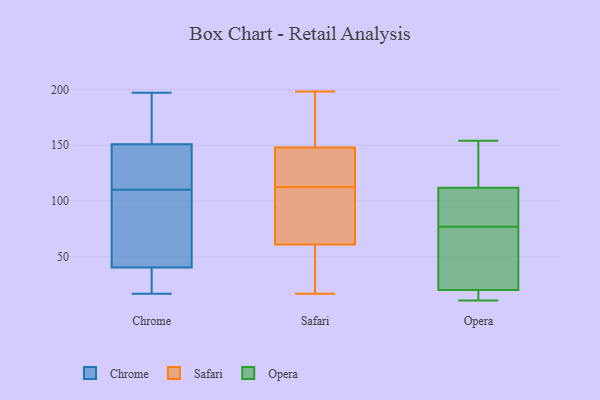
{"axis": {"x": "Satisfaction Score", "y": "Value"}, "legend": ["Chrome", "Opera", "Safari"], "data": [{"x": "", "y": 168, "type": "Chrome"}, {"x": "", "y": 175, "type": "Chrome"}, {"x": "", "y": 94, "type": "Chrome"}, {"x": "", "y": 17, "type": "Chrome"}, {"x": "", "y": 197, "type": "Chrome"}, {"x": "", "y": 21, "type": "Chrome"}, {"x": "", "y": 78, "type": "Chrome"}, {"x": "", "y": 116, "type": "Chrome"}, {"x": "", "y": 110, "type": "Chrome"}, {"x": "", "y": 139, "type": "Chrome"}, {"x": "", "y": 184, "type": "Chrome"}, {"x": "", "y": 139, "type": "Chrome"}, {"x": "", "y": 60, "type": "Chrome"}, {"x": "", "y": 144, "type": "Chrome"}, {"x": "", "y": 34, "type": "Chrome"}, {"x": "", "y": 60, "type": "Chrome"}, {"x": "", "y": 27, "type": "Chrome"}, {"x": "", "y": 17, "type": "Chrome"}, {"x": "", "y": 153, "type": "Chrome"}, {"x": "", "y": 25, "type": "Safari"}, {"x": "", "y": 61, "type": "Safari"}, {"x": "", "y": 47, "type": "Safari"}, {"x": "", "y": 198, "type": "Safari"}, {"x": "", "y": 85, "type": "Safari"}, {"x": "", "y": 90, "type": "Safari"}, {"x": "", "y": 148, "type": "Safari"}, {"x": "", "y": 146, "type": "Safari"}, {"x": "", "y": 104, "type": "Safari"}, {"x": "", "y": 156, "type": "Safari"}, {"x": "", "y": 111, "type": "Safari"}, {"x": "", "y": 174, "type": "Safari"}, {"x": "", "y": 135, "type": "Safari"}, {"x": "", "y": 114, "type": "Safari"}, {"x": "", "y": 20, "type": "Safari"}, {"x": "", "y": 160, "type": "Safari"}, {"x": "", "y": 146, "type": "Safari"}, {"x": "", "y": 17, "type": "Safari"}, {"x": "", "y": 80, "type": "Opera"}, {"x": "", "y": 36, "type": "Opera"}, {"x": "", "y": 51, "type": "Opera"}, {"x": "", "y": 14, "type": "Opera"}, {"x": "", "y": 15, "type": "Opera"}, {"x": "", "y": 91, "type": "Opera"}, {"x": "", "y": 119, "type": "Opera"}, {"x": "", "y": 154, "type": "Opera"}, {"x": "", "y": 77, "type": "Opera"}, {"x": "", "y": 11, "type": "Opera"}, {"x": "", "y": 126, "type": "Opera"}]}